Document type: Sale
Year: 1355
Scribe: Pere Borrell
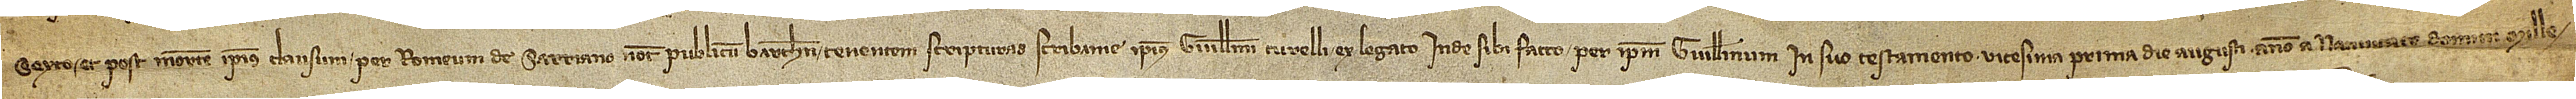
sexto, et post mortem ipsius clausum per Romeum de Sarriano, notarium publicum Barchinone, tenentem scripturas scribanie ipsius Guillelmi Turelli ex legato inde sibi facto per ipsum Guillelmum in suo testamento vicesima prima die augusti, anno a Nativitate Domini mille-